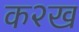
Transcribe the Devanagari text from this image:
क२ख